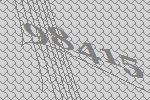
98415